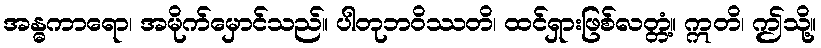
အန္ဓကာရော၊ အမိုက်မှောင်သည်။ ပါတုဘဝိဿတိ၊ ထင်ရှားဖြစ်လတ္တံ့။ ဣတိ၊ ဤသို့။